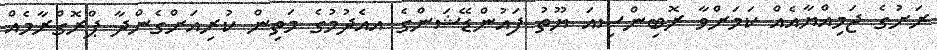
ރަށުގެ ޖަމިއްޔާއެއް ކަމަށްވާ ރޮބިންސިއަ ޔޫތު ފައުންޑޭޝަންގެ އއެދުމުގެ މަތިން ކުރިއަށްގެންދާ ޕްރޮގްރާމެއް